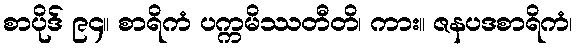
စာပိုဒ် ၉၄။ စာရိကံ ပက္ကမိဿတီတိ၊ ကား။ ဇနပဒစာရိကံ၊